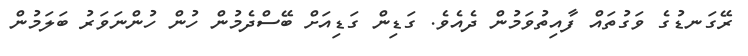
ރޭގަނޑުގެ ވަގުތައް ފާއިތުވަމުން ދެއެވެ. ގަޑިން ގަޑިއަށް ބޭސްދެމުން ހުން ހުންނަވަރު ބަލަމުން